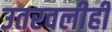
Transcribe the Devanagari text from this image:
उतरवलीही